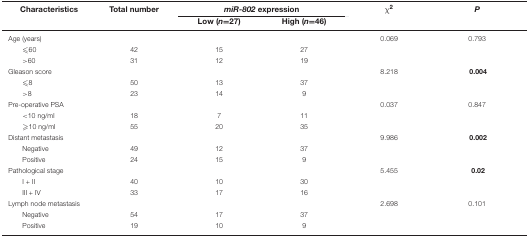
<table><thead><tr><td><b>Characteristics</b></td><td><b>Total number</b></td><td colspan="2"><b><i>miR-802</i> expression</b></td><td><b>χ<sup>2</sup></b></td><td><b><i>P</i></b></td></tr><tr><td></td><td></td><td><b>Low (<i>n</i>=27)</b></td><td><b>High (<i>n</i>=46)</b></td><td></td><td></td></tr></thead><tbody><tr><td>Age (years)</td><td></td><td></td><td></td><td>0.069</td><td>0.793</td></tr><tr><td>≤60</td><td>42</td><td>15</td><td>27</td><td></td><td></td></tr><tr><td>&gt;60</td><td>31</td><td>12</td><td>19</td><td></td><td></td></tr><tr><td>Gleason score</td><td></td><td></td><td></td><td>8.218</td><td><b>0.004</b></td></tr><tr><td>≤8</td><td>50</td><td>13</td><td>37</td><td></td><td></td></tr><tr><td>&gt;8</td><td>23</td><td>14</td><td>9</td><td></td><td></td></tr><tr><td>Pre-operative PSA</td><td></td><td></td><td></td><td>0.037</td><td>0.847</td></tr><tr><td>&lt;10 ng/ml</td><td>18</td><td>7</td><td>11</td><td></td><td></td></tr><tr><td>≥10 ng/ml</td><td>55</td><td>20</td><td>35</td><td></td><td></td></tr><tr><td>Distant metastasis</td><td></td><td></td><td></td><td>9.986</td><td><b>0.002</b></td></tr><tr><td>Negative</td><td>49</td><td>12</td><td>37</td><td></td><td></td></tr><tr><td>Positive</td><td>24</td><td>15</td><td>9</td><td></td><td></td></tr><tr><td>Pathological stage</td><td></td><td></td><td></td><td>5.455</td><td><b>0.02</b></td></tr><tr><td>I + II</td><td>40</td><td>10</td><td>30</td><td></td><td></td></tr><tr><td>III + IV</td><td>33</td><td>17</td><td>16</td><td></td><td></td></tr><tr><td>Lymph node metastasis</td><td></td><td></td><td></td><td>2.698</td><td>0.101</td></tr><tr><td>Negative</td><td>54</td><td>17</td><td>37</td><td></td><td></td></tr><tr><td>Positive</td><td>19</td><td>10</td><td>9</td><td></td><td></td></tr></tbody></table>